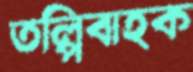
তল্পিবাহক